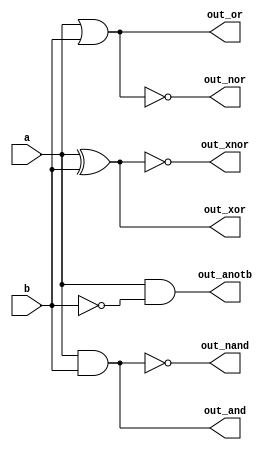
module top_module( 
    input a, b,
    output out_and,
    output out_or,
    output out_xor,
    output out_nand,
    output out_nor,
    output out_xnor,
    output out_anotb
);
    // Logic gate operations
    assign out_and = a & b;       // AND gate
    assign out_or = a | b;        // OR gate
    assign out_xor = a ^ b;       // XOR gate
    assign out_nand = ~(a & b);   // NAND gate
    assign out_nor = ~(a | b);    // NOR gate
    assign out_xnor = ~(a ^ b);   // XNOR gate
    assign out_anotb = a & ~b;    // AND-NOT gate

endmodule